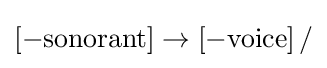
\left[-{\text{sonorant}}\right]\rightarrow \left[-{\text{voice}}\right]/